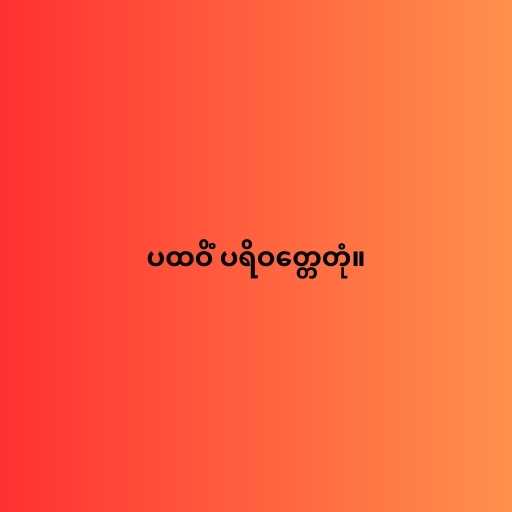
ပထဝိံ ပရိဝတ္တေတုံ။